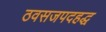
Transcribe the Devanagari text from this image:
ठवसजपदहद्ध